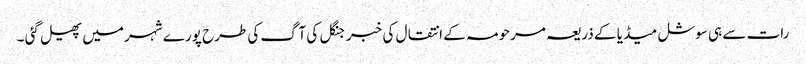
رات سے ہی سوشل میڈ یا کے ذریعہ مرحومہ کے انتقال کی خبر جنگل کی آگ کی طرح پورے شہر میں پھیل گئی ۔